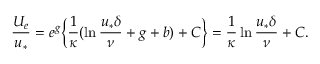
\frac { U _ { e } } { u _ { * } } = e ^ { g } \Big \{ \frac { 1 } { \kappa } ( \ln \frac { u _ { * } \delta } { \nu } + g + b ) + C \Big \} = \frac { 1 } { \kappa } \ln \frac { u _ { * } \delta } { \nu } + C .